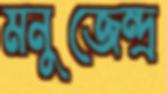
মনুজেন্দ্র